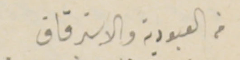
من العبودية والاسترقاق